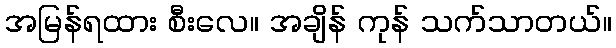
အမြန်ရထား စီးလေ။ အချိန် ကုန် သက်သာတယ်။